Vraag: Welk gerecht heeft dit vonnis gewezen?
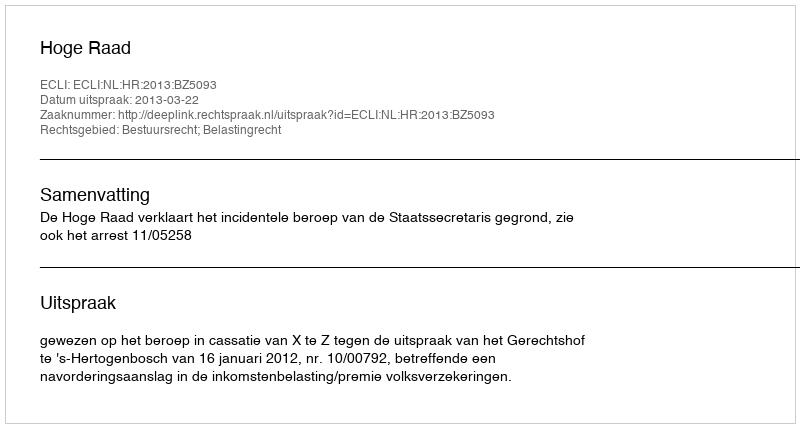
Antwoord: Hoge Raad